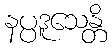
နပ္ပဒူသေန္တိ